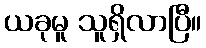
ယခုမူ သူရှိလာပြီ။